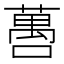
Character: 𬞒